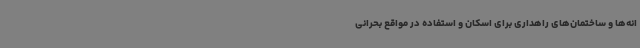
انه‌ها و ساختمان‌های راهداری برای اسکان و استفاده در مواقع بحرانی